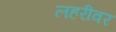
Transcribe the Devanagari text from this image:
लहरीवर